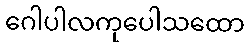
ဂေါပါလကုပေါသထော